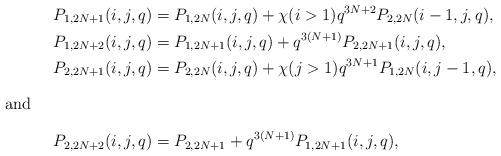
LaTeX: \begin{align*}P_{1,2N+1} (i,j,q) &= P_{1,2N} (i,j,q) + \chi(i>1) q^{3N+2}P_{2,2N}(i-1,j,q),\\P_{1,2N+2} (i,j,q) &= P_{1,2N+1}(i,j,q) + q^{3(N+1)}P_{2,2N+1}(i,j,q),\\P_{2,2N+1} (i,j,q) &= P_{2,2N}(i,j,q) + \chi(j>1) q^{3N+1} P_{1,2N} (i,j-1,q),\\\intertext{and}P_{2,2N+2} (i,j,q) &= P_{2,2N+1} + q^{3(N+1)}P_{1,2N+1}(i,j,q),\end{align*}